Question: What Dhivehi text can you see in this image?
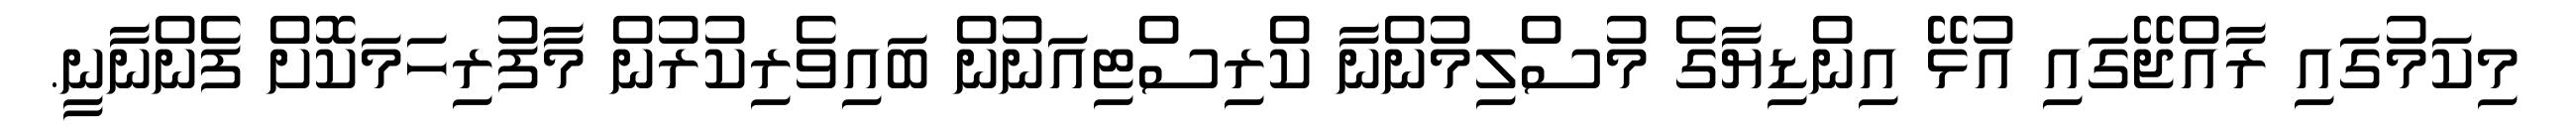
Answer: މިކަމުގައި ރާއްޖޭގައި އުޅޭ އިންޑިޔާގެ މުސްލިމުންނާ ކްރިސްޓިއަނުން ބައިވެރިކުރުން މާފުރިހަމަކޮށް ފެންނާނީ.